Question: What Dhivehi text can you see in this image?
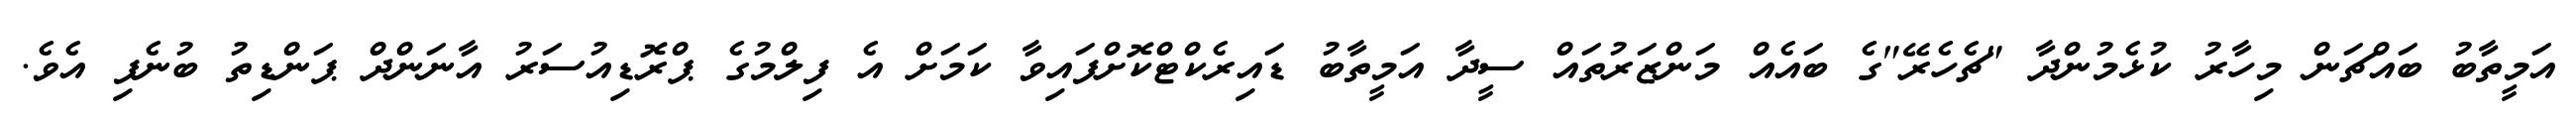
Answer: އަމީތާބު ބައްޗަން މިހާރު ކުޅެމުންދާ "ޗެހެރޭ"ގެ ބައެއް މަންޒަރުތައް ސީދާ އަމީތާބު ޑައިރެކްޓްކޮށްފައިވާ ކަމަށް އެ ފިލްމުގެ ޕްރޮޑިއުސަރު އާނަންދް ޕަންޑިތު ބުނެފި އެވެ.